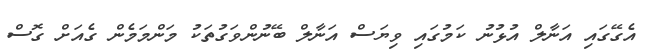
އެގޭގައި އަނާލް އުޅުނު ކަމުގައި ވިޔަސް އަނާލް ބޭނުންވަގުތަކު މަންމަމެން ގެއަށް ގޮސް